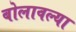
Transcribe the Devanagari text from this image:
बोलावल्या